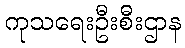
ကုသရေးဦးစီးဌာန